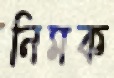
নিমক